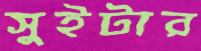
সুইটার